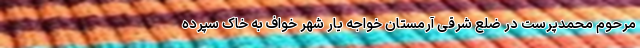
مرحوم محمدپرست در ضلع شرقی آرمستان خواجه یار شهر خواف به خاک سپرده